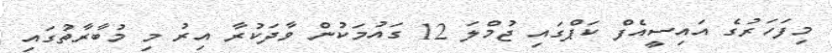
މިފަހަރުގެ އައިސީއެފް ކަޕްގައި ޖުމްލަ 12 ގައުމަކުން ވާދަކުރާ އިރު މި މުބާރާތުގައި